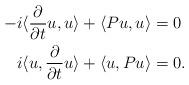
LaTeX: \begin{align*} -i\langle \frac{\partial}{\partial t}u, u \rangle + \langle Pu , u \rangle & = 0 \\ i\langle u,\frac{\partial}{\partial t}u \rangle + \langle u , Pu \rangle & = 0. \end{align*}